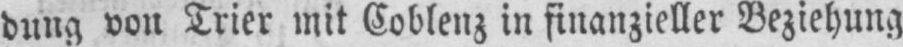
dung von Trier mit Coblenz in finanzieller Beziehung